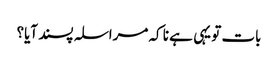
بات تو یہی ہے نا کہ مراسلہ پسند آیا؟